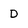
Character: D